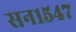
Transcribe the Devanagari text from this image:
सन१५४७